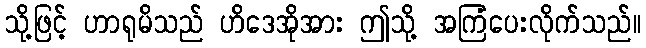
သို့ဖြင့် ဟာရုမိသည် ဟိဒေအိုအား ဤသို့ အကြံပေးလိုက်သည်။